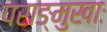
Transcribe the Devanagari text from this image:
पराङ्मुखाः